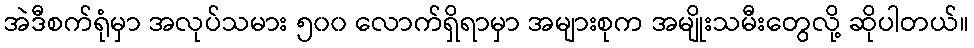
အဲဒီစက်ရုံမှာ အလုပ်သမား ၅၀၀ လောက်ရှိရာမှာ အများစုက အမျိုးသမီးတွေလို့ ဆိုပါတယ်။